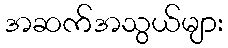
အဆက်အသွယ်များ